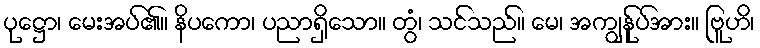
ပုဋ္ဌော၊ မေးအပ်၏။ နိပကော၊ ပညာရှိသော။ တွံ၊ သင်သည်။ မေ၊ အကျွန်ုပ်အား။ ဗြူဟိ၊